Scottish Leaving Certificate Examination, 1958
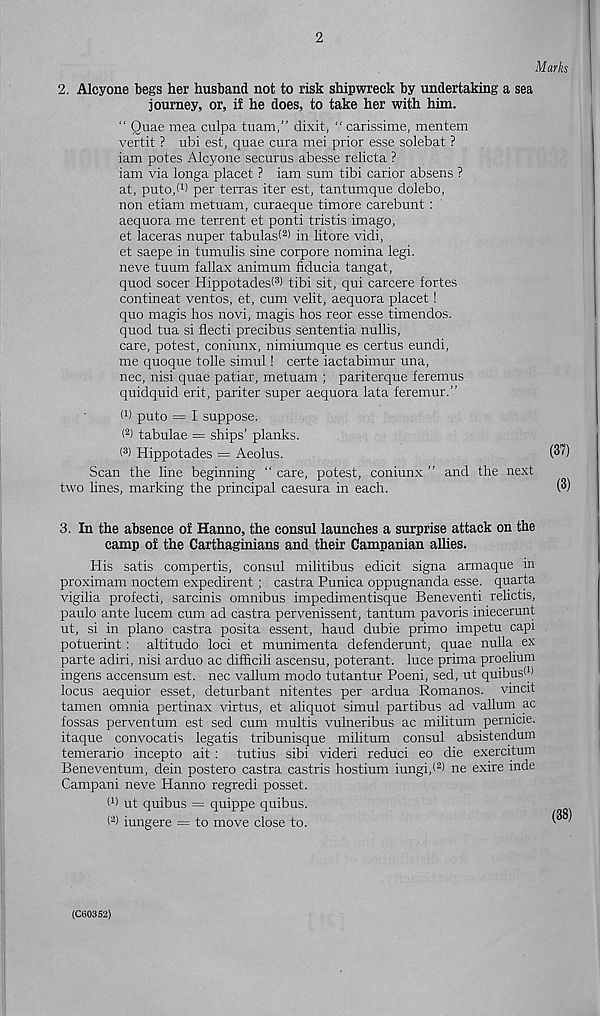
2. Alcyone begs her husband not to risk shipwreck by undertaking a sea
journey, or, if he does, to take her with him.
“ Quae mea culpa tuam,” dixit, “ carissime, mentem
vertit ? ubi est, quae cura mei prior esse solebat ?
iam potes Alcyone securus abesse relicta ?
iam via longa placet ? iam sum tibi carior absens ?
at, puto.d) per terras iter est, tantumque dolebo,
non etiam metuam, curaeque timore carebunt :
aequora me terrent et ponti tristis imago,
et laceras nuper tabulast 2 ' in litore vidi,
et saepe in tumulis sine corpore nomina legi.
neve tuum fallax animum fiducia tangat,
quod socer Hippotadesl 3 ) tibi sit, qui carcere fortes
contineat ventos, et, cum velit, aequora placet !
quo magis hos novi, magis hos reor esse timendos.
quod tua si flecti precibus sententia nullis,
care, potest, coniunx, nimiumque es certus eundi,
me quoque tolle simul! certe iactabimur una,
nec, nisi quae patiar, metuam ; pariterque feremus
quidquid erit, pariter super aequora lata feremur.”
W puto = I suppose.
( 2 ) tabulae = ships’ planks.
( 3 ) Hippotades = Aeolus.
Scan the line beginning “ care, potest, coniunx ” and the next
two lines, marking the principal caesura in each.
3. In the absence of Hanno, the consul launches a surprise attack on the
camp of the Carthaginians and their Campanian allies.
His satis compertis, consul militibus edicit signa armaque in
proximam noctem expedirent; castra Punica oppugnanda esse, quarta
vigilia profecti, sarcinis omnibus impedimentisque Beneventi relictis,
paulo ante lucem cum ad castra pervenissent, tantum pavoris iniecerunt
ut, si in piano castra posita essent, haud dubie primo impetu capi
potuerint : altitude loci et munimenta defenderunt, quae nulla ex
parte adiri, nisi arduo ac difficili ascensu, poterant. luce prima proelium
ingens accensum est. nec vallum modo tutantur Poeni, sed, ut quibusW
locus aequior esset, deturbant nitentes per ardua Romanos, vincit
tamen omnia pertinax virtus, et aliquot simul partibus ad vallum ac
fossas perventum est sed cum multis vulneribus ac militum permcie.
itaque convocatis legatis tribunisque militum consul absistendum
temerario incepto ait : tutius sibi videri reduci eo die exercitum
Beneventum, dein postero castra castris hostium iungi,< 2 ) ne exire inde
Campani neve Hanno regredi posset.
I 1 ) ut quibus = quippe quibus.
( 2 > iungere = to move close to.
(C60352)